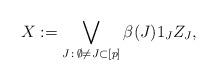
LaTeX: \begin{align*}X:= \bigvee_{J\,:\, \emptyset\not=J\subset [p]} \beta(J) 1_J Z_J,\end{align*}